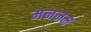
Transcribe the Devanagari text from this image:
मननम